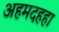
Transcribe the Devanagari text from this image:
अहमदहहा